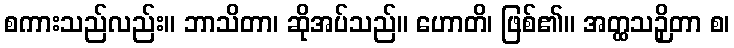
စကားသည်လည်း။ ဘာသိတာ၊ ဆိုအပ်သည်။ ဟောတိ၊ ဖြစ်၏။ အတ္ထသဉှိတာ စ၊